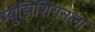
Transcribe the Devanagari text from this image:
म्युझिशियनला